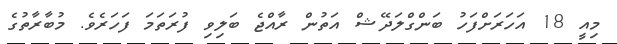
މިއީ 18 އަހަރަށްފަހު ބަންގްލަދޭޝް އަތުން ރާއްޖެ ބަލިވި ފުރަތަމަ ފަހަރެވެ. މުބާރާތުގެ